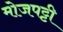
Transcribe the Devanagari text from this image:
मोजपट्टी